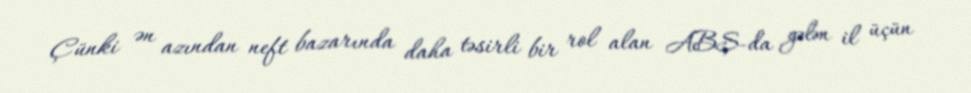
Çünki ən azından neft bazarında daha təsirli bir rol alan ABŞ-da gələn il üçün